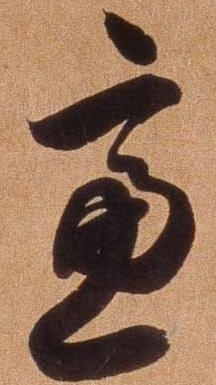
慮